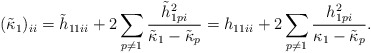
\begin{align*}(\tilde{\kappa}_1)_{ii}=\tilde{h}_{11ii}+2\sum_{p\neq 1}\frac{\tilde{h}_{1pi}^2}{\tilde{\kappa}_1-\tilde{\kappa}_p}=h_{11ii}+2\sum_{p\neq 1}\frac{h_{1pi}^2}{\kappa_1-\tilde{\kappa}_p}.\end{align*}